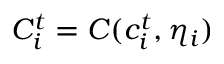
C _ { i } ^ { t } = C ( c _ { i } ^ { t } , \eta _ { i } )